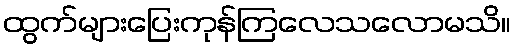
ထွက်များပြေးကုန်ကြလေသလောမသိ။